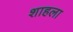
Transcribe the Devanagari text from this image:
शाहला